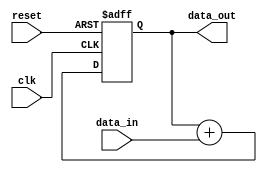
module PipelineAccumulator (
    input wire clk,          // Clock input
    input wire reset,        // Reset input
    input wire [31:0] data_in,  // Input data
    output wire [31:0] data_out // Output data
);

reg [31:0] accumulator;  // Accumulator register

always @(posedge clk or posedge reset) begin
    if (reset) begin
        accumulator <= 0;  // Reset accumulator
    end else begin
        accumulator <= accumulator + data_in;  // Accumulate input data
    end
end

assign data_out = accumulator;  // Output final accumulated result

endmodule